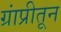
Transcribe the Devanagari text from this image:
ग्रांप्रीतून